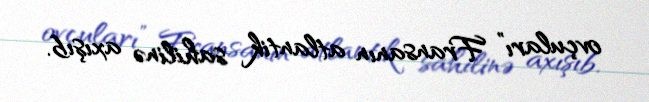
ovçuları” Fransanın atlantik sahilinə axışıb.